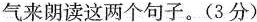
气来朗读这两个句子。(3分)